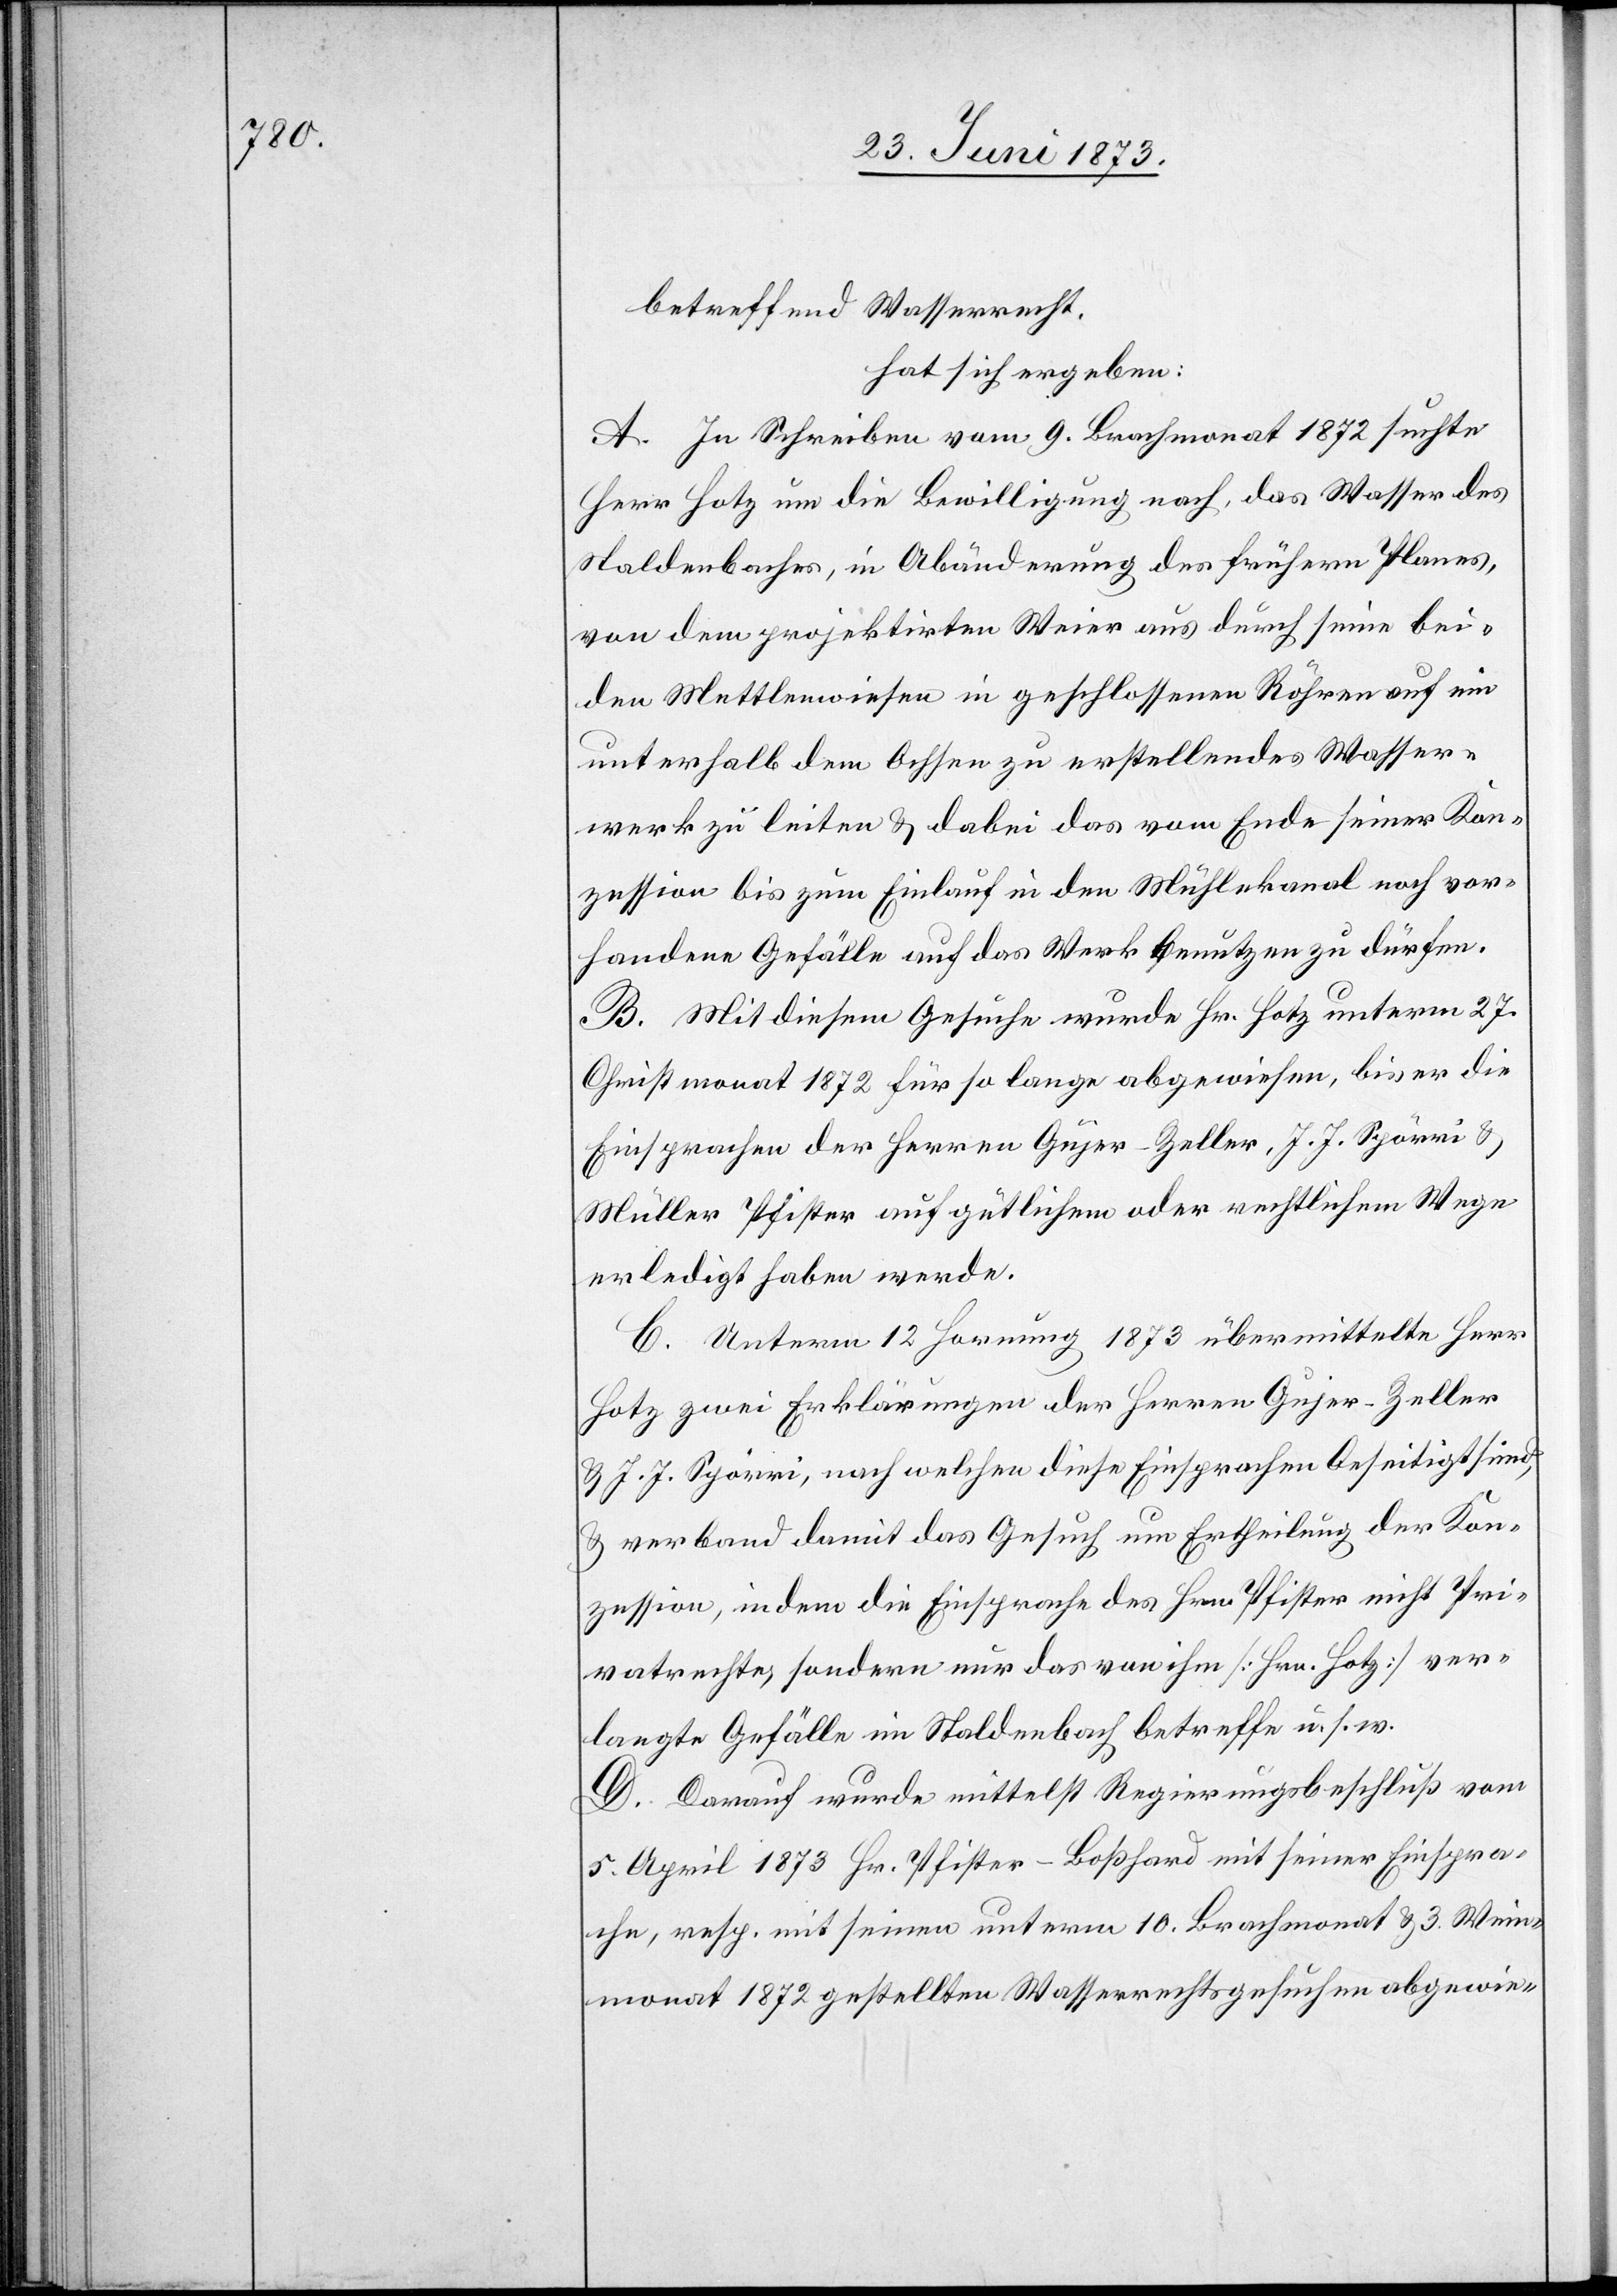
Wasser¬

betreffend Wasserrecht,
hat sich ergeben:
A. In Schreiben vom 9. Brachmonat 1872 suchte
Herr Hotz um die Bewilligung nach, das Wasser des
Staldenbaches, in Abänderung des frühern Planes,
von dem projektirten Weier aus durch seine bei¬
den Mettlenwiesen in geschlossenen Röhren auf ein
werk zu leiten & dabei das vom Ende seiner Kon¬
zession bis zum Einlauf in den Mühlekanal noch vor¬
handene Gefälle auf das Werk benutzen zu dürfen.
B. Mit diesem Gesuche wurde Hr. Hotz unterm 27.
Christmonat 1872 für so lange abgewiesen, bis er die
Einsprachen der Herren Gujer-Zeller, J. J. Spörri &
Müller Pfister auf gütlichem oder rechtlichem Wege
erledigt haben werde.
C. Unterm 12 Hornung 1873 übermittelte Herr
Hotz zwei Erklärungen der Herren Gujer-Zeller
& J. J. Spörri, nach welchen diese Einsprachen beseitigt sind,
& verband damit das Gesuch um Ertheilung der Kon¬
zession, indem die Einsprache des Hrn. Pfister nicht Pri¬
vatrechte, sondern nur das von ihm [Hrn. Hotz] ver¬
langte Gefälle im Staldenbach betreffe u. s. w.
D. Darauf wurde mittelst Regierungsbeschluß vom
5. April 1873 Hr. Pfister-Boßhard mit seiner Einspra¬
che, resp. mit seinen unterm 10. Brachmonat & 3. Wein¬
monat 1872 gestellten Wasserrechtsgesuchen abgewie-